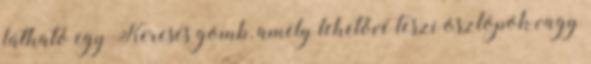
látható egy Keresés gomb, amely lehetővé teszi oszlopok vagy